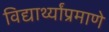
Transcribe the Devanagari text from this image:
विद्यार्थ्यांप्रमाणे